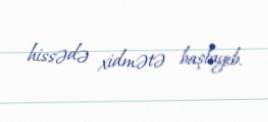
hissədə xidmətə başlayıb.